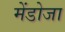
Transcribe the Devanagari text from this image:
मेंडोजा